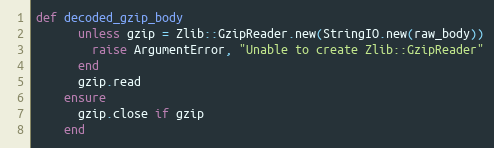
Language: Ruby
def decoded_gzip_body
      unless gzip = Zlib::GzipReader.new(StringIO.new(raw_body))
        raise ArgumentError, "Unable to create Zlib::GzipReader"
      end
      gzip.read
    ensure
      gzip.close if gzip
    end